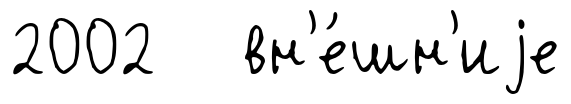
2002 вн'е́шн'иjе